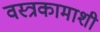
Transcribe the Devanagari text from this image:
वस्त्रकामाशी